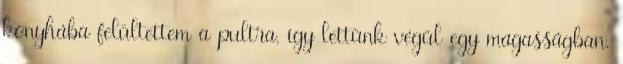
konyhába felültettem a pultra, így lettünk végül egy magasságban.